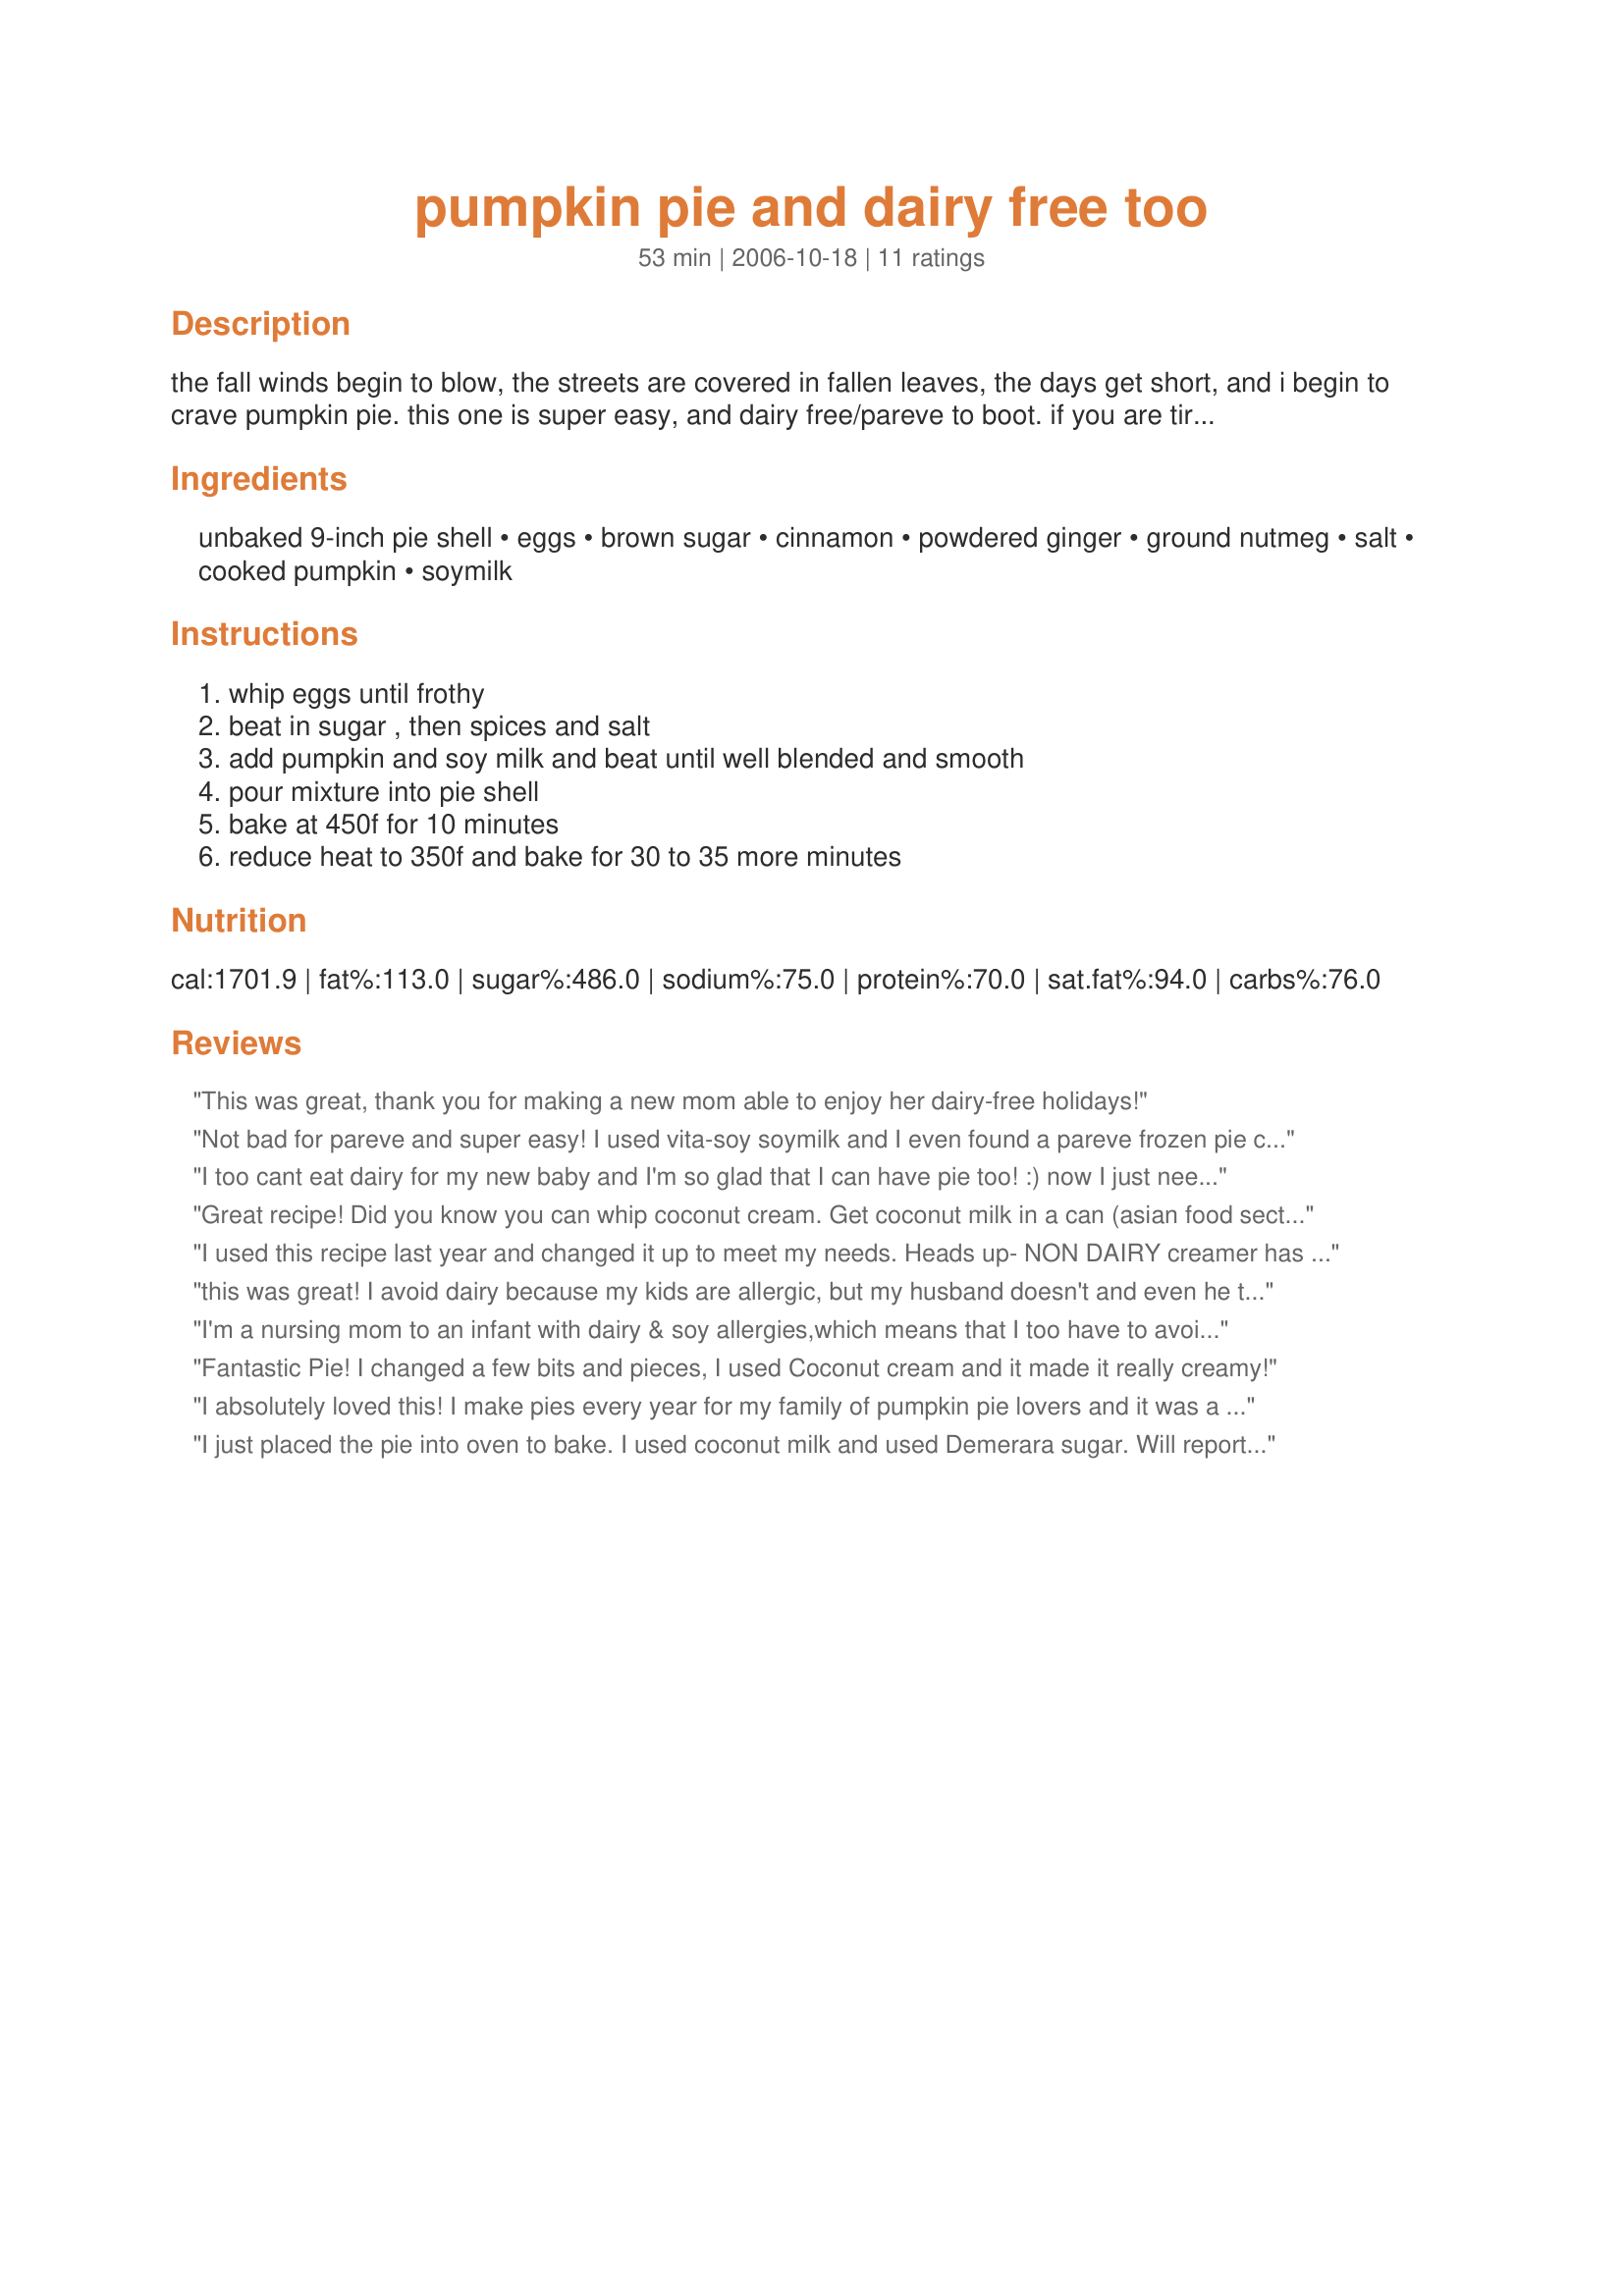
pumpkin pie and dairy free too
Preparation time: 53 minutes

the fall winds begin to blow, the streets are covered in fallen leaves, the days get short, and i begin to crave pumpkin pie. this one is super easy, and dairy free/pareve to boot. if you are tired like me, you will use a frozen pie crust and canned cooked pumpkin. if you are more energetic, you will make your own flaky crust, steam your own pumpkin, and feel very virtuous. either system works.

Ingredients:
unbaked 9-inch pie shell, eggs, brown sugar, cinnamon, powdered ginger, ground nutmeg, salt, cooked pumpkin, soymilk

Steps:
whip eggs until frothy, beat in sugar , then spices and salt, add pumpkin and soy milk and beat until well blended and smooth, pour mixture into pie shell, bake at 450f for 10 minutes, reduce heat to 350f and bake for 30 to 35 more minutes

Reviews:
This was great, thank you for making a new mom able to enjoy her dairy-free holidays!
Not bad for pareve and super easy! I used vita-soy soymilk and I even found a pareve frozen pie crust at Safeway. I will make this for Thanksgiving so I can offer a kosher dessert that actually tastes like pie. Thanks for posting.
I too cant eat dairy for my new baby and I'm so glad that I can have pie too! :) now I just need to find a dairy free whip cream
Great recipe! Did you know you can whip coconut cream. Get coconut milk in a can (asian food section), refrigerate and when you open the can, skim the cream off the top. It can be whipped just like whipping cream. Save the coconut water for smoothies.
I used this recipe last year and changed it up to meet my needs. Heads up- NON DAIRY creamer has MILK protein in it, so if this is for someone with food allergies, I would suggest canned coconut milk, which is what I used. Full fat, not &quot;lite&quot; canned coconut milk works just like regular milk, tastes awesome, and can be whipped in a blender to make non-dairy whipped cream as well! I am partial to the Thai Kitchen brand. :) I also added a bit of nutmeg to the crust (homemade) before baking, in addition to the pie filling. It added a nice flavor! My son was thrilled to have a &quot;safe&quot; dessert to eat last year! &lt;3
this was great! I avoid dairy because my kids are allergic, but my husband doesn't and even he thought this was great!
I'm a nursing mom to an infant with dairy & soy allergies,which means that I too have to avoid dairy & soy. I did use rice dream when making this. it was good. it at least allowed me to have a slice of pumpkin pie for Thanksgiving. It had good flavor, but lacked creaminess and richness I'm used to with "regular" pumpkin pie. It was more like eating sweetened, spiced pumpkin in a pie shell than creamy pumpkin pie. But if our allergies don't go away, this will be made yearly for my daughter.
Fantastic Pie! I changed a few bits and pieces, I used Coconut cream and it made it really creamy!
I absolutely loved this! I make pies every year for my family of pumpkin pie lovers and it was a major hit! I'm the non-diary eater in my house too. My family liked this pumkin pie more than the normal recipe and some didn't even notice that this was the same pie that I was eating. My Grandpa even said he thought it was awesome and he didn't even know that it was non-diary! Usually, some of my family avoid eating foods that are friendly to the non-dairy eater but they loved this one!
I just placed the pie into oven to bake. I used coconut milk and used Demerara sugar. Will report results as soon as done. Have used almond milk with little success--too moist, took much longer to bake.
This turned out great! I used unsweetened almond milk and a gluten-free crust made from scratch. I also used cloves instead of nutmeg. I had to bake my pie for 60 minutes to get the center to set. I don&#039;t know if it&#039;s the kind of milk I used or if it&#039;s because I chilled my pie crust before baking. My advice is to keep baking until the middle isn&#039;t jiggly anymore.
